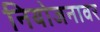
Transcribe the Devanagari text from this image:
नियोजनावर